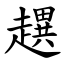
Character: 趩